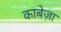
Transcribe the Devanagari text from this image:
काबेज़ा